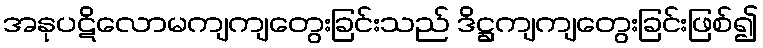
အနုပဋိလောမကျကျတွေးခြင်းသည် ဒိဋ္ဌကျကျတွေးခြင်းဖြစ်၍